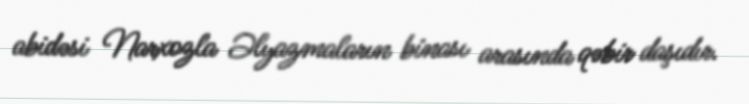
abidəsi Narxozla Əlyazmaların binası arasında qəbir daşıdır.